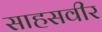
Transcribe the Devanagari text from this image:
साहसवीर